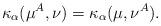
LaTeX: \begin{align*}\kappa_\alpha(\mu^A,\nu)=\kappa_\alpha(\mu,\nu^A).\end{align*}